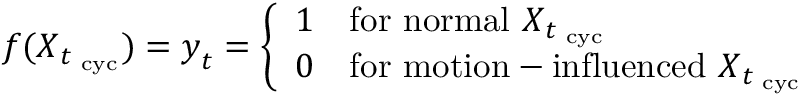
\boldsymbol f ( \boldsymbol X _ { t _ { \mathrm { \scriptsize ~ c y c } } } ) = \boldsymbol y _ { t } = \left\{ \begin{array} { c l } { 1 } & { \mathrm { f o r ~ n o r m a l ~ } \boldsymbol X _ { t _ { \mathrm { \scriptsize ~ c y c } } } } \\ { 0 } & { \mathrm { f o r ~ m o t i o n - i n f l u e n c e d ~ } \boldsymbol X _ { t _ { \mathrm { \scriptsize ~ c y c } } } } \end{array} \right.